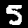
Digit: 5